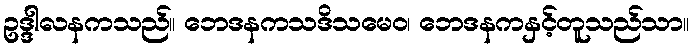
ဥဒ္ဒါလနကသည်။ ဘေဒနကသဒိသမေဝ၊ ဘေဒနကနှင့်တူသည်သာ။